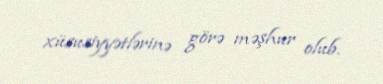
xüsusiyyətlərinə görə məşhur olub.